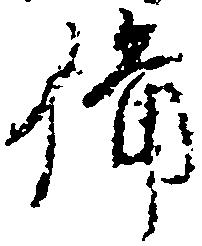
備